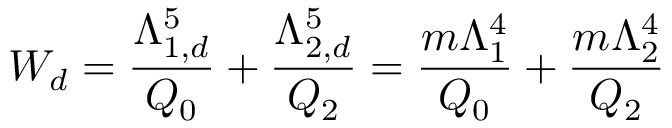
W _ { d } = \frac { \Lambda _ { 1 , d } ^ { 5 } } { \d Q _ { 0 } } + \frac { \Lambda _ { 2 , d } ^ { 5 } } { \d Q _ { 2 } } = \frac { m \Lambda _ { 1 } ^ { 4 } } { \d Q _ { 0 } } + \frac { m \Lambda _ { 2 } ^ { 4 } } { \d Q _ { 2 } }